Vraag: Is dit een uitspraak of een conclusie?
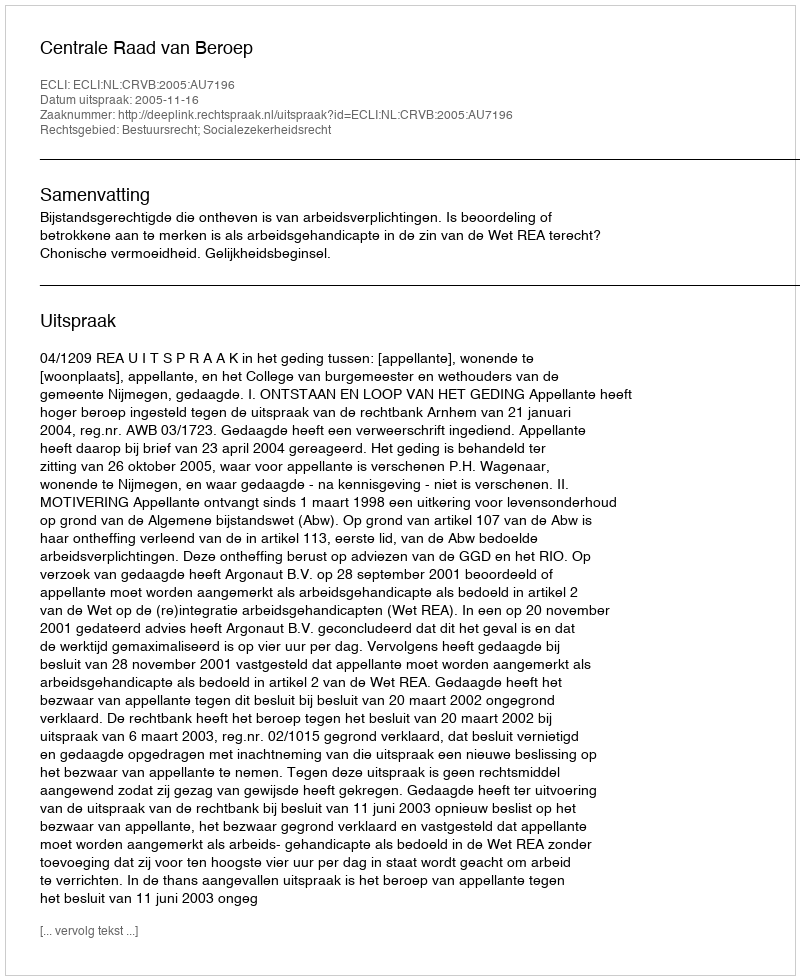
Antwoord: Uitspraak